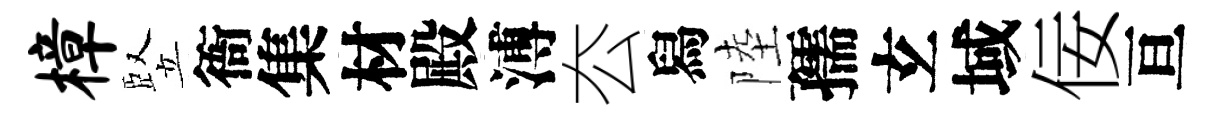
樟竪衙集材殿溥厺舄陸孺𤣥域佞亘